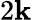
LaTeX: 2\mathbf{k}